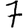
Digit: 7